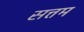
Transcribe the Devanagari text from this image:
सत्तम